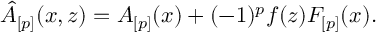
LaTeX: \hat { A } _ { [ p ] } ( x , z ) = A _ { [ p ] } ( x ) + ( - 1 ) ^ { p } f ( z ) F _ { [ p ] } ( x ) .